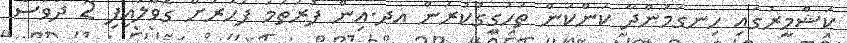
ކަޝްމީރުގައި ހިނގަމުންދާ ކަންކަން ތަހުގީގުކުރަން އދ.އިން ފުރަތަމަ ފަހަރަށް ގޮވާލައިފި 2 ދުވަސް